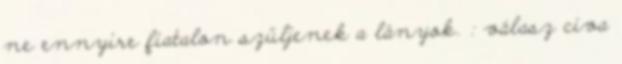
ne ennyire fiatalon szüljenek a lányok. : válasz civa